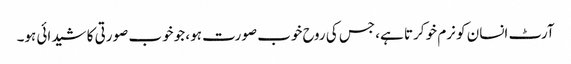
آرٹ انسان کو نرم خو کرتا ہے، جس کی روح خوب صورت ہو، جو خوب صورتی کا شیدائی ہو۔